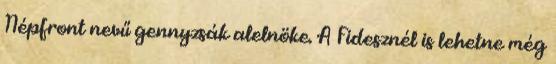
Népfront nevű gennyzsák alelnöke. A Fidesznél is lehetne még